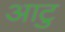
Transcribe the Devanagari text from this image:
आटु